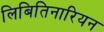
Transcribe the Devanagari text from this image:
लिबितिनारियन